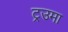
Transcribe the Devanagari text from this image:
ट्रउमा